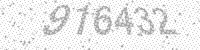
Solution: 916432